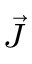
\scriptstyle { \vec { J } }